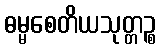
ဓမ္မစေတိယသုတ္တဉ္စ